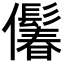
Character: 𪝾